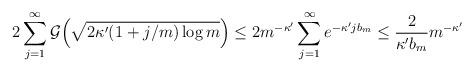
LaTeX: \begin{align*}2 \sum_{j=1}^\infty \mathcal G\Big(\sqrt{2 \kappa' (1+j/m) \log m}\Big) \le 2 m^{-\kappa'} \sum_{j=1}^\infty e^{-\kappa' j b_m}\le \frac{2}{\kappa' b_m} m^{-\kappa'} \end{align*}